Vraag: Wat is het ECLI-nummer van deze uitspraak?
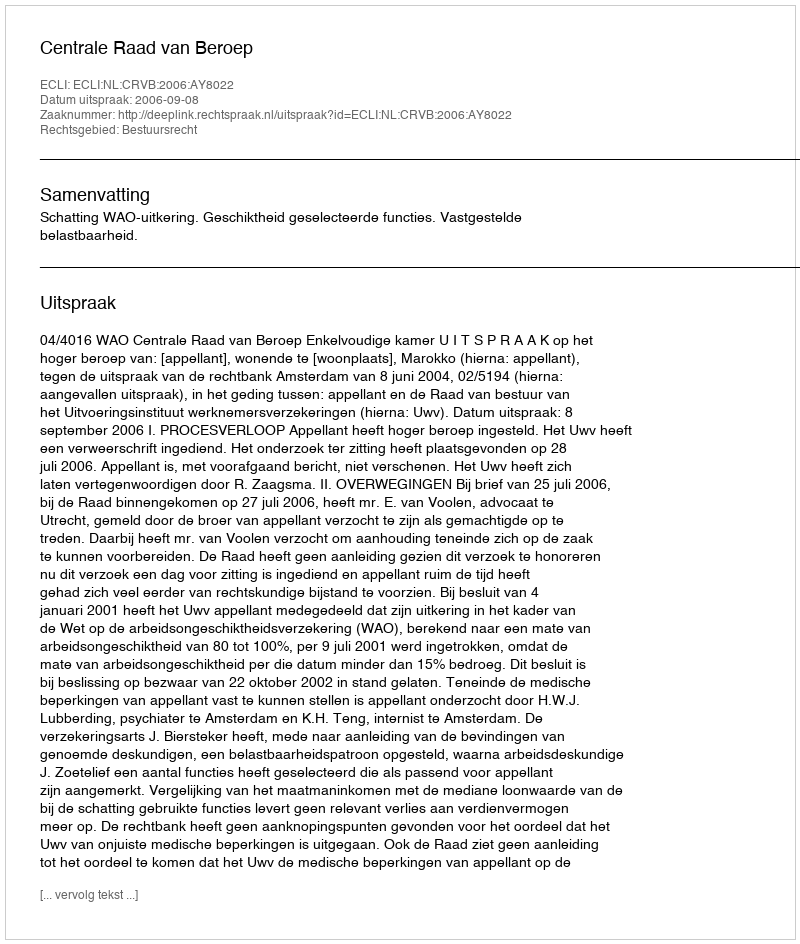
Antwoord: ECLI:NL:CRVB:2006:AY8022